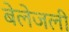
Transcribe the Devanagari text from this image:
बेलेजली